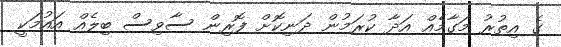
ގެ އިތުރު މަގާމެއް އަދާ ކުރަމުން ދަނިކޮށް ފޮރިން ސާވިސް ބިލެއް އައުމަކީ